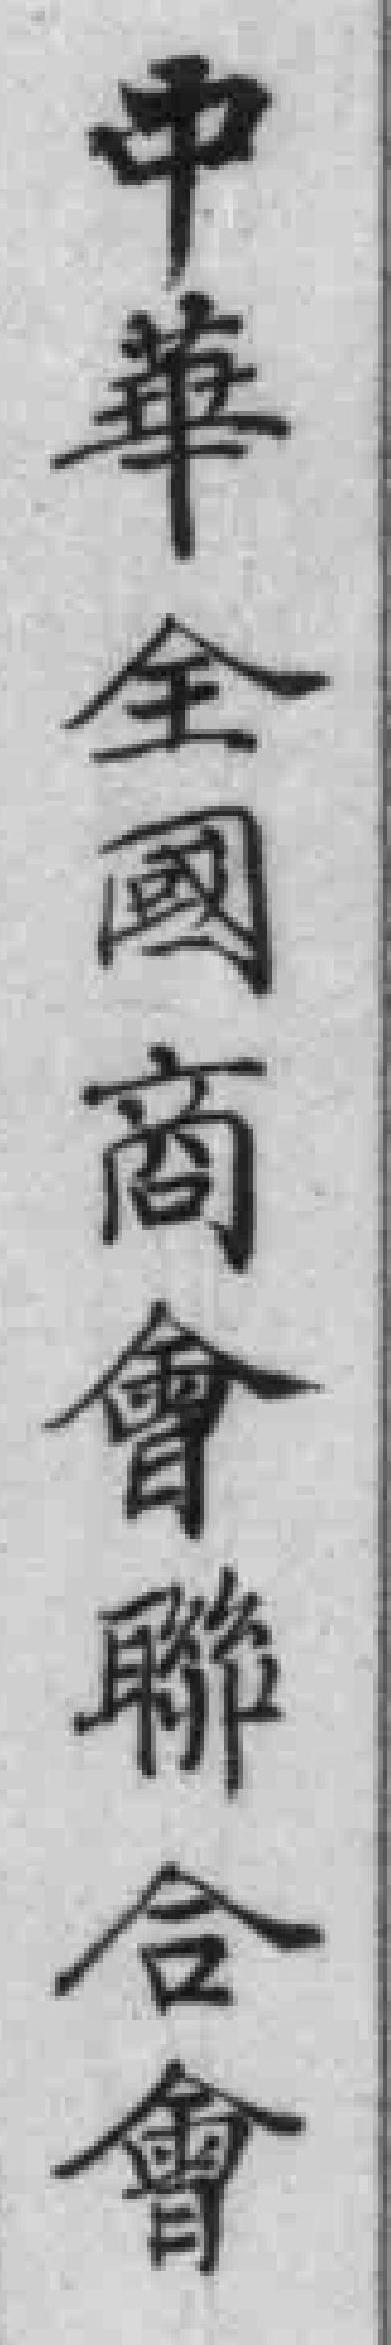
中華全國商會聯合會